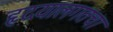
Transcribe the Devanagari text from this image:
हृदयालगतचा